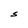
Character: S